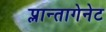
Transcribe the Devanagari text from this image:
प्लान्तागेनेट